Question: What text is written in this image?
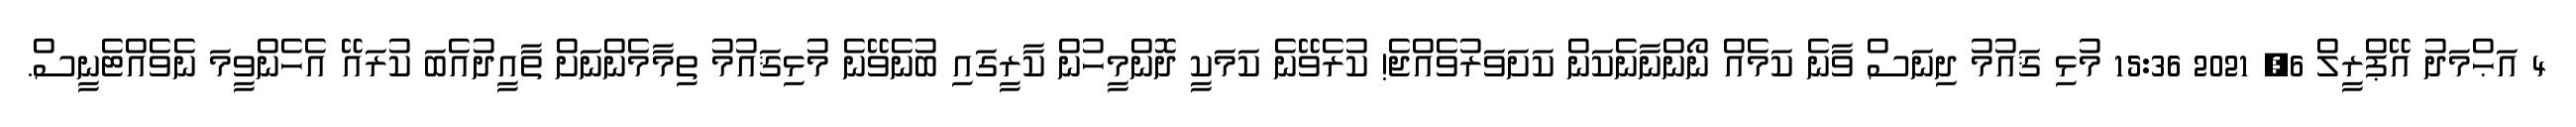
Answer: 4 އަޙްމަދު އޭޕްރީލް 6, 2021 15:36 މުޅި ޤައުމު ދިނަސް ވާނެ ކަމެއް ނޯންނާނެކަން ކަށަވަރުވެއްޖެ! ކުރެވޭނެ ކަމަކީ ދޮންމީހުން ކާރީގައި ބުނެވޭނެ މުޅިޤައުމު ތިމާމެންނަށް ތާއީދުއެބަ ކުރައޭ އެހެންވީމަ ނެވެއްޓެނީސް.